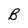
Character: B